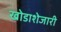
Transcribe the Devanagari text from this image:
खोडाशेजारी